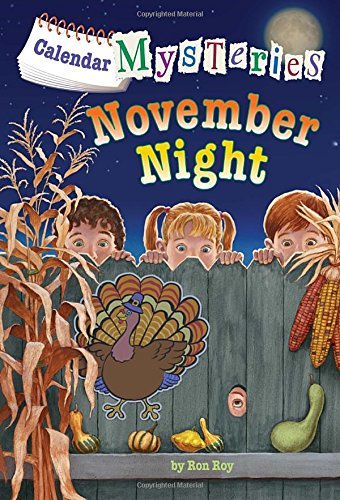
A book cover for Calendar Mysteries #11: November Night (A Stepping Stone Book(TM)); Ronald Roy; Children's Books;